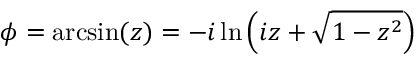
\phi = \arcsin ( z ) = - i \ln \left( i z + { \sqrt { 1 - z ^ { 2 } } } \right)